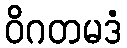
ဝိဂတမဒံ